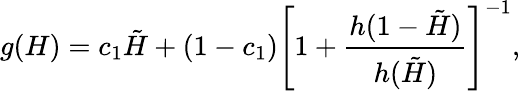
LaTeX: g(H)=c_{1}\tilde{H}+\left(1-c_{1}\right)\left[1+\frac{h(1-\tilde{H})}{h(\tilde{H})}\right]^{-1},